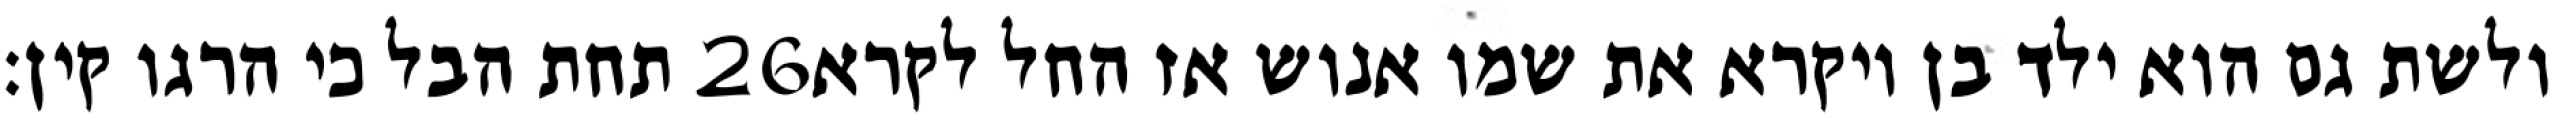
תחת הבל כי הרגו קין׃ ‎26‏ ולשת גם הוא ילד בן ויקרא את שמו אנוש אז החל לקרא